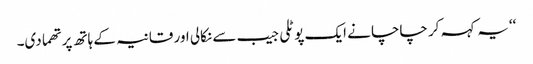
‘‘یہ کہہ کر چاچا نے ایک پوٹلی جیب سے نکالی اور قانیہ کے ہاتھ پر تھما دی۔